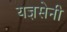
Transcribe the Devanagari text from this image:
यज्ञसेनी